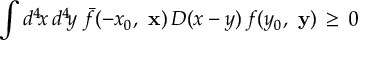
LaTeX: \int d ^ { 4 } \! x \, d ^ { 4 } \! y \; \bar { f } ( - x _ { 0 } , \mathrm { \bf ~ x } ) \, D ( x - y ) \, f ( y _ { 0 } , \mathrm { \bf ~ y } ) \, \ge \, 0